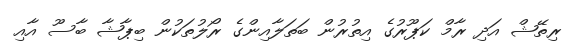
ރިތޭޝް އަދި ރާމް ކަޕޫރުގެ އިތުރުން ބަތަލާއިންގެ ރޯލުތަކުން ބިޕާޝާ ބާސޫ އާއި